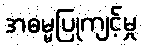
အဓမ္မပြုကျင့်မှု